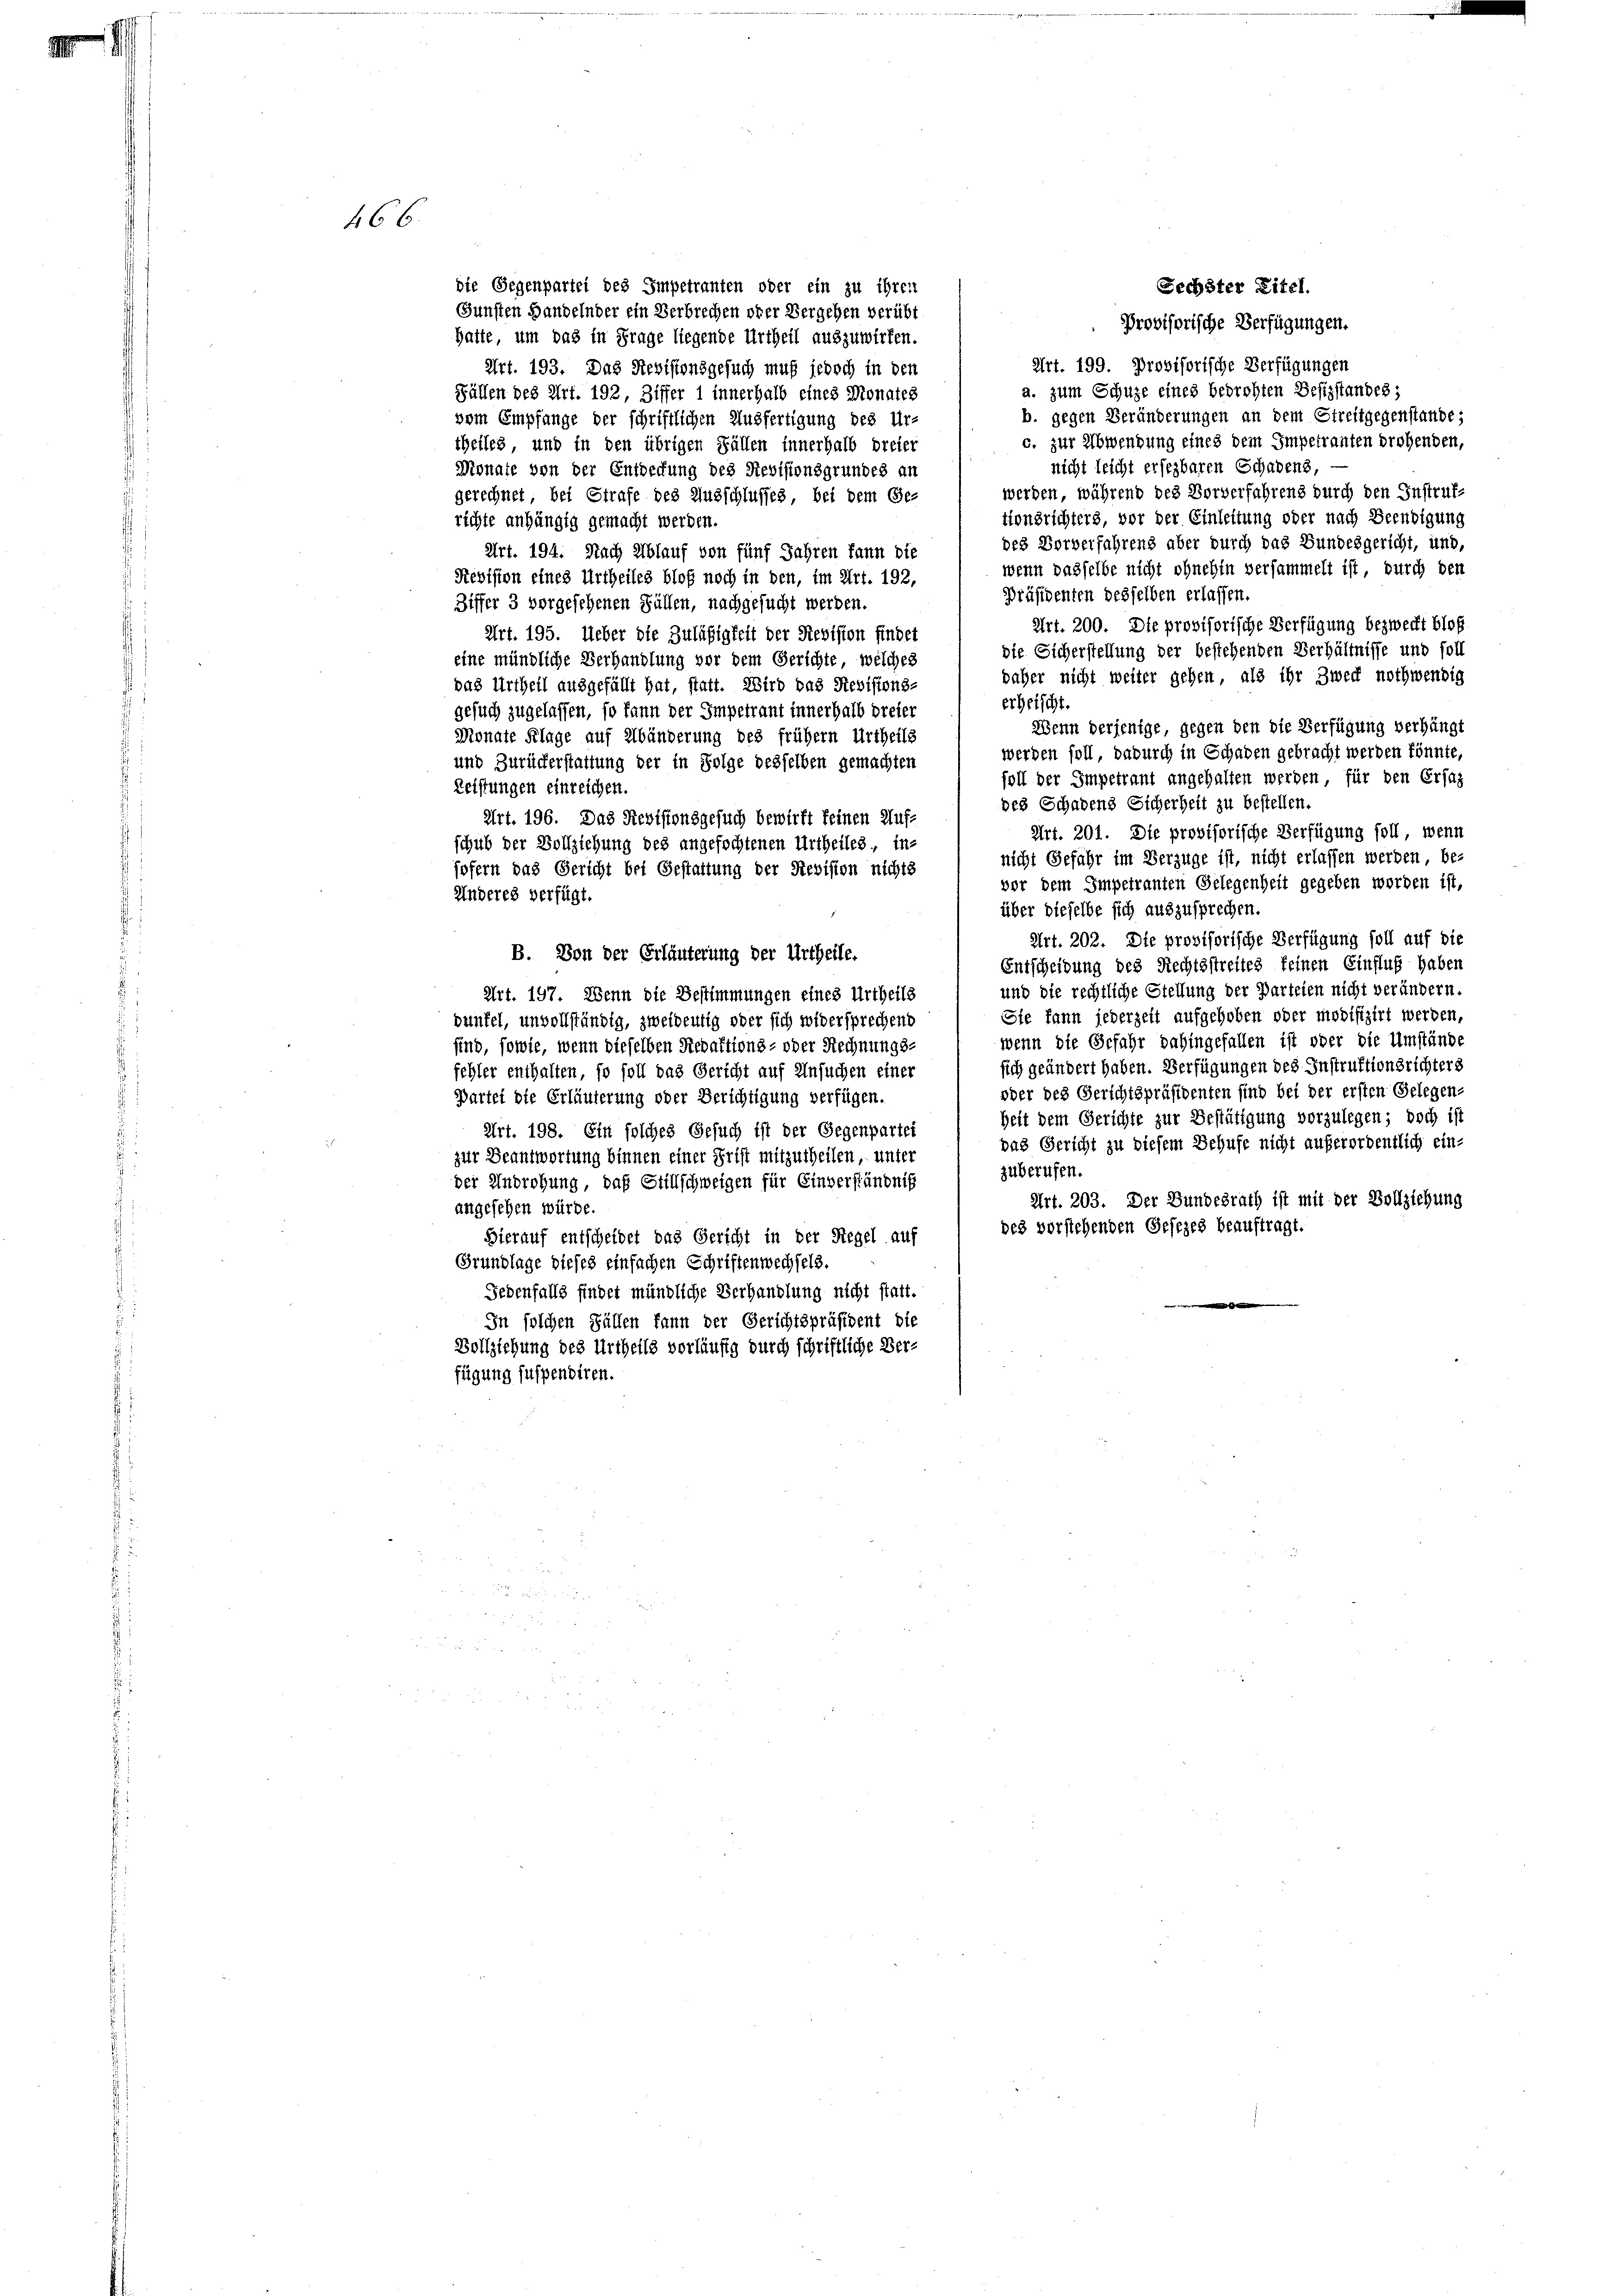
466

die Gegenpartei des Impetranten oder ein zu ihren
Gunsten Handelnder ein Verbrechen oder Vergehen verübt
Provisorische Verfügungen.
hatte, um das in Frage liegende Urtheil auszuwirken.
Art. 199. Provisorische Verfügungen
Art. 193. Das Revisionsgesuch muß jedoch in den
a. zum Schuze eines bedrohten Besizstandes;
Fällen des Art. 192, Ziffer 1 innerhalb eines Monates
b. gegen Veränderungen an dem Streitgegenstande,
vom Empfange der schriftlichen Ausfertigung des Ur-
c. zur Abwendung eines dem Impetrauten drohenden,
theiles, und in den übrigen Fällen innerhalb dreier
nicht leicht ersezbaren Schadens,
Monate von der Entdeckung des Revisionsgrundes an
werden, während des Vorverfahrens durch den Instruf-
gerechnet, bei Strafe des Ausschlußes, bei dem Ge-
tionsrichters, vor der Einleitung oder nach Beendigung
richte anhängig gemacht werden.
des Vorverfahrens aber durch das Bundesgericht, und,
Art. 194. Nach Ablauf von fünf Jahren kann die
wenn dasselbe nicht ohnehin versammelt ist, durch den
Revision eines Urtheiles bloß noch in den, im Art. 192,
Präsidenten desselben erlassen.
Ziffer 3 vorgesehenen Fällen, nachgesucht werden.
Art. 200. Die provisorische Verfügung bezweckt bloß
Art. 195. Ueber die Zuläßigkeit der Revision findet
die Sicherstellung der bestehenden Verhältnisse und soll
eine mündliche Verhandlung vor dem Gerichte, welches
daher nicht weiter gehen, als ihr Zweck nothwendig
das Urtheil ausgefällt hat, statt. Wird das Rebistons-
erheischt.
gesuch zugelassen, so kann der Impetrant innerhalb dreier
Wenn derjenige, gegen den die Verfügung verhängt
Monate Klage auf Abänderung des frühem Urtheils
werden soll, dadurch in Schaden gebracht werden könnte,
und Zurückerstattung der in Folge desselben gemachten
foll der Impetraut angehalten werden, für den Ersaz
Leistungen einreichen.
des Schadens Sicherheit zu bestellen.
Art. 196. Das Revisionsgesuch bewirft keinen Auf-
Art. 201. Die provisorische Verfügung soll, wenn
schub der Vollziehung des angefochtenen Urtheiles, in-
nicht Gefahr im Verzüge ist, nicht erlassen werden, be-
jofern das Gericht bei Gestattung der Revision nichts
vor dem Impetranten Gelegenheit gegeben worden ist,
Anderes verfügt.
über dieselbe sich auszusprechen.
Art. 202. Die provisorische Verfügung soll auf die
B. Von der Erläuterung der Urtheile.
Entscheidung des Rechtsstreites keinen Einfluß haben
und die rechtliche Stellung der Parteien nicht verändern.
Art. 197. Wenn die Bestimmungen eines Urtheils
Sie kann jederzeit aufgehoben oder modifizirt werden,
dünfel, unvollständig, zweideutig oder sich widersprechend
wenn die Gefahr dahingefallen ist oder die Umstände
sind, sowie, wenn dieselben Stedaktions- oder Rechnungs-
sich geändert haben. Verfügungen des Instruktionsrichters
fehler enthalten, so soll das Gericht auf Ansuchen einer
oder des Gerichtspräsidenten sind bei der ersten Gelegen-
Partei die Erläuterung oder Berichtigung verfügen.
heit dem Gerichte zur Bestätigung vorzulegen; doch ist
Art. 198. Ein solches Gesuch ist der Gegenpartei
das Gericht zu diesem Behufe nicht außerordentlich ein-
zur Beantwortung binnen einer Frist mitzutheilen, unter
zuberufen.
der Androhung, daß Stillschweigen für Einverständnis
Art. 203. Der Bundesrath ist mit der Vollziehung
angesehen würde.
des vorstehenden Gesezes beauftragt.
Hierauf entscheidet das Gericht in der Regel auf
Grundlage dieses einfachen Schriftenwechsels.
Gedenfalls findet mündliche Verhandlung nicht statt.
.
In solchen Fällen kann der Gerichtspräsident die
Vollziehung des Urtheils vorläufig durch schriftliche Ver-
fügung suspendiren.

Sechster Eitel.